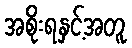
အစိုးရနှင့်အတူ